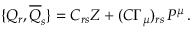
\{ { \cal { Q } } _ { r } , \overline { { { { \cal { Q } } } } } _ { s } \} = C _ { r s } { Z } + ( C \Gamma _ { \mu } ) _ { r s } \, P ^ { \mu } \, .